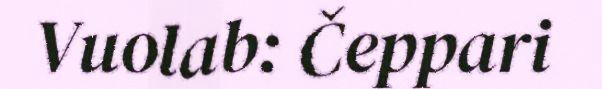
Vuolab: Čeppari